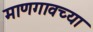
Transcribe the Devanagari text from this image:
माणगावच्या